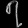
Digit: ၇